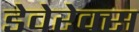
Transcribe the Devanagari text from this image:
डेवेरेक्स